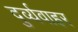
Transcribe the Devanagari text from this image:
दुर्व्यवाहर